Annual report of the Punjab Veterinary College and of the Civil Veterinary Department, Punjab - 1920-1925
Year: 1920
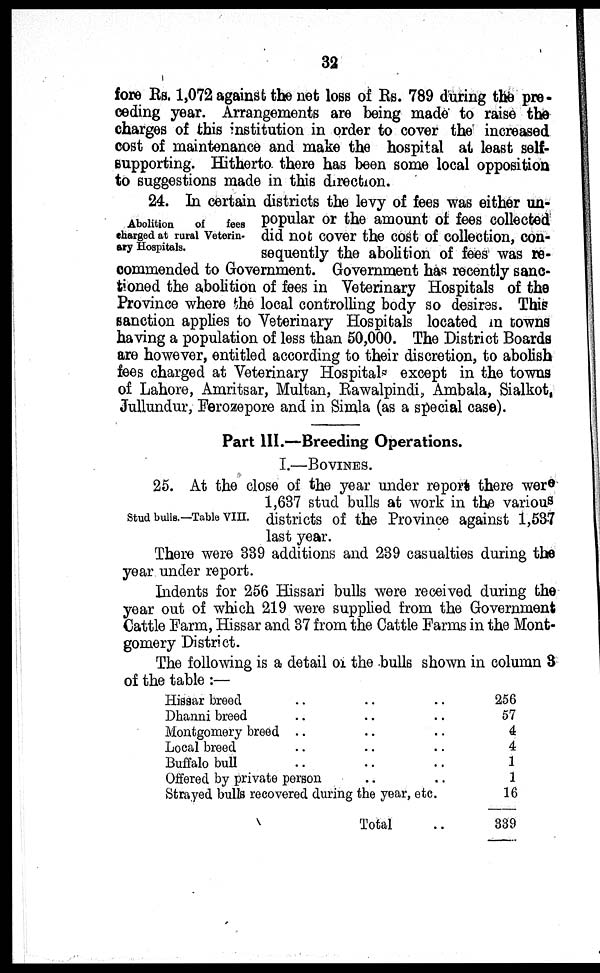
32
fore Rs. 1,072 against the net loss of Rs. 789 during the pre-
ceding year. Arrangements are being made to raise the
charges of this institution in order to cover the increased
cost of maintenance and make the hospital at least self-
supporting. Hitherto there has been some local opposition
to suggestions made in this direction.
Abolition of fees
charged at rural Veterin-
ary Hospitals.
24. In certain districts the levy of fees was either un-
popular or the amount of fees collected
did not cover the cost of collection, con-
sequently the abolition of fees was re-
commended to Government. Government has recently sanc-
tioned the abolition of fees in Veterinary Hospitals of the
Province where the local controlling body so desires. This
sanction applies to Veterinary Hospitals located in towns
having a population of less than 50,000. The District Boards
are however, entitled according to their discretion, to abolish
fees charged at Veterinary Hospitals except in the towns
of Lahore, Amritsar, Multan, Rawalpindi, Ambala, Sialkot,
Jullundur, Ferozepore and in Simla (as a special case).
Part III.—Breeding Operations.
I.—BOVINES.
Stud bulls. —Table VIII.
25. At the close of the year under report there were
1,637 stud bulls at work in the various
districts of the Province against 1,537
last year.
There were 339 additions and 239 casualties during the
year under report.
Indents for 256 Hissari bulls were received during the
year out of which 219 were supplied from the Government
Cattle Farm, Hissar and 37 from the Cattle Farms in the Mont-
gomery District.
The following is a detail of the bulls shown in column 3
of the table :—
Hissar breed .. .. ..
Dhanni breed .. .. ..
Montgomery breed .. .. ..
Local breed .. .. ..
Buffalo bull .. .. ..
Offered by private person .. ..
Strayed bulls recovered during the year, etc.
Total ..
256
57
4
4
1
1
16
339